Indian journal of veterinary science and animal husbandry - Volumes 18-21, 1948-1951
Year: 1948
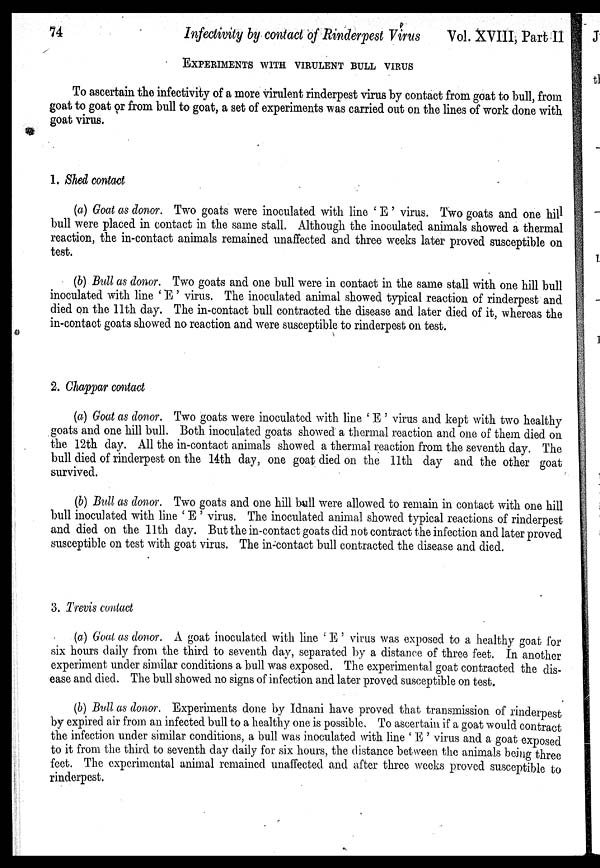
74
Infectivity by contact of Rinderpest Virus
Vol. XVIII, Part II
EXPERIMENTS WITH VIRULENT BULL VIRUS
To ascertain the infectivity of a more virulent rinderpest virus by contact from goat to bull, from
goat to goat or from bull to goat, a set of experiments was carried out on the lines of work done with
goat virus.
1. Shed contact
(a) Goat as donor. Two goats were inoculated with line ' E ' virus. Two goats and one hill
bull were placed in contact in the same stall. Although the inoculated animals showed a thermal
reaction, the in-contact animals remained unaffected and three weeks later proved susceptible on
test.
(b) Bull as donor. Two goats and one bull were in contact in the same stall with one hill bull
inoculated with line ' E ' virus. The inoculated animal showed typical reaction of rinderpest and
died on the 11th day. The in-contact bull contracted the disease and later died of it, whereas the
in-contact goats showed no reaction and were susceptible to rinderpest on test.
2. Chappar contact
(a) Goat as donor. Two goats were inoculated with line ' E ' virus and kept with two healthy
goats and one hill bull. Both inoculated goats showed a thermal reaction and one of them died on
the 12th day. All the in-contact animals showed a thermal reaction from the seventh day. The
bull died of rinderpest on the 14th day, one goat died on the 11th day and the other goat
survived.
(b) Bull as donor. Two goats and one hill bull were allowed to remain in contact with one hill
bull inoculated with line ' E ' virus. The inoculated animal showed typical reactions of rinderpest
and died on the 11th day. But the in-contact goats did not contract the infection and later proved
susceptible on test with goat virus. The in-contact bull contracted the disease and died.
3. Trevis contact
(a) Goat as donor. A goat inoculated with line ' E ' virus was exposed to a healthy goat for
six hours daily from the third to seventh day, separated by a distance of three feet. In another
experiment under similar conditions a bull was exposed. The experimental goat contracted the dis-
ease and died. The bull showed no signs of infection and later proved susceptible on test.
(b) Bull as donor. Experiments done by Idnani have proved that transmission of rinderpest
by expired air from an infected bull to a healthy one is possible. To ascertain if a goat would contract
the infection under similar conditions, a bull was inoculated with line ' E ' virus and a goat exposed
to it from the third to seventh day daily for six hours, the distance between the animals being three
feet. The experimental animal remained unaffected and after three weeks proved susceptible to
rinderpest.